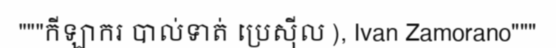
"""កីឡាករ បាល់ទាត់ ប្រេស៊ីល ), Ivan Zamorano"""